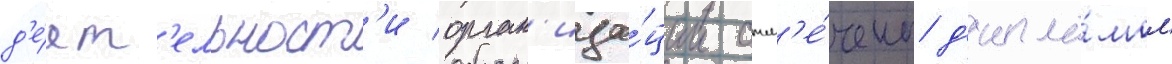
д'е́ят'ельност'и орган'иза́ции отм'е́чены д'ипло́мом